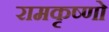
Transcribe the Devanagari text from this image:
रामकृष्णो